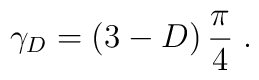
\gamma_{{D}}= \left( 3-D \right) \frac{\pi}{4}\; .